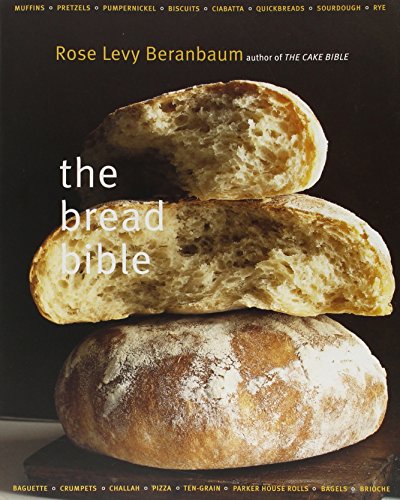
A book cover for The Bread Bible; Rose Levy Beranbaum; Cookbooks, Food & Wine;